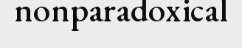
nonparadoxical